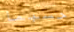
حسبما